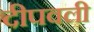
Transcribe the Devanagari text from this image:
दीपवली